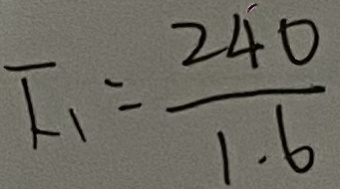
F _ { 1 } : \frac { 2 4 0 } { 1 . 6 }